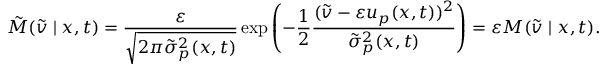
\tilde { M } ( \tilde { v } \mid x , t ) = \frac { \varepsilon } { \sqrt { 2 \pi \tilde { \sigma } _ { p } ^ { 2 } ( x , t ) } } \exp \left( - \frac { 1 } { 2 } \frac { ( \tilde { v } - \varepsilon u _ { p } ( x , t ) ) ^ { 2 } } { \tilde { \sigma } _ { p } ^ { 2 } ( x , t ) } \right) = \varepsilon M ( \tilde { v } \mid x , t ) .